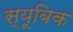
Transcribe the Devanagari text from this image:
स्यूबिक